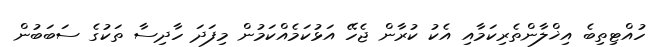
ހުއްޓިތިބެ އިޚްލާންތެރިކަމާއި އެކު ކުރާން ޖެހޭ އަޅުކަމެއްކަމުން މިފަދަ ހާދިސާ ތަކުގެ ސަބަބުން